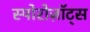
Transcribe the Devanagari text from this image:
स्पोरोज़ॉट्स